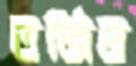
তর্জিত